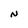
Character: N